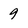
Character: 9